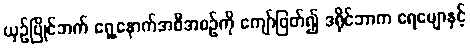
ယှဉ်ပြိုင်ဘက် ရှေ့နောက်အစီအစဉ်ကို ကျော်ဖြတ်၍ ဒရိုင်ဘာက ရေမျောနှင့်